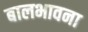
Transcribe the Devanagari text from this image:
बालभावना